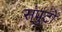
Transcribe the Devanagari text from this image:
संपुटों